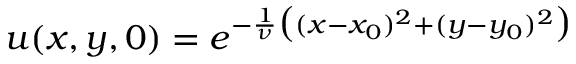
u ( x , y , 0 ) = e ^ { - \frac { 1 } { \nu } \big ( ( x - x _ { 0 } ) ^ { 2 } + ( y - y _ { 0 } ) ^ { 2 } \big ) }